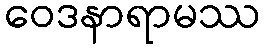
ဝေဒနာရာမဿ